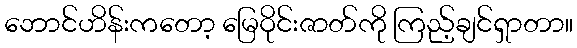
ဘောင်ဟိန်းကတော့ မြေဝိုင်းဇာတ်ကို ကြည့်ချင်ရှာတာ။